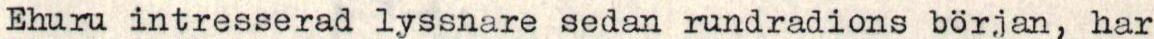
Ehuru intresserad lyssnare sedan rundradions början, har